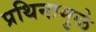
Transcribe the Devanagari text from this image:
प्रथिनामुळे